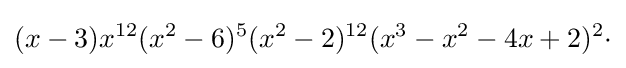
(x-3)x^{12}(x^{2}-6)^{5}(x^{2}-2)^{12}(x^{3}-x^{2}-4x+2)^{2}\cdot